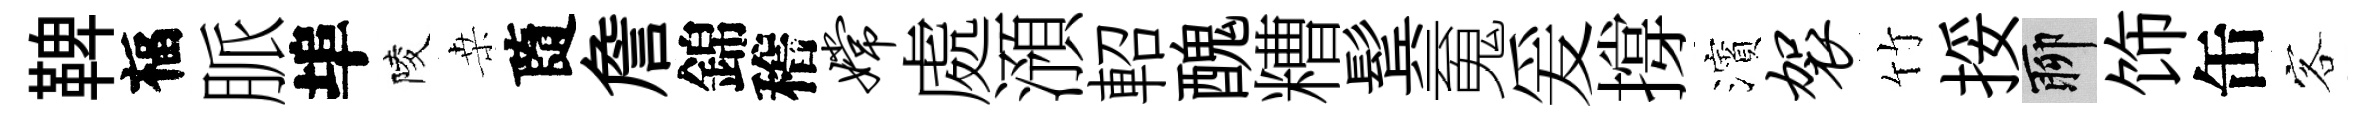
鞞福脈埠陵桒隨詹錦稽嫦處澦軺醜糟鬂䰟爰撐濱袈竹挼聊饰缶客